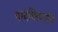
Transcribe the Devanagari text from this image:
पादछिद्रगति